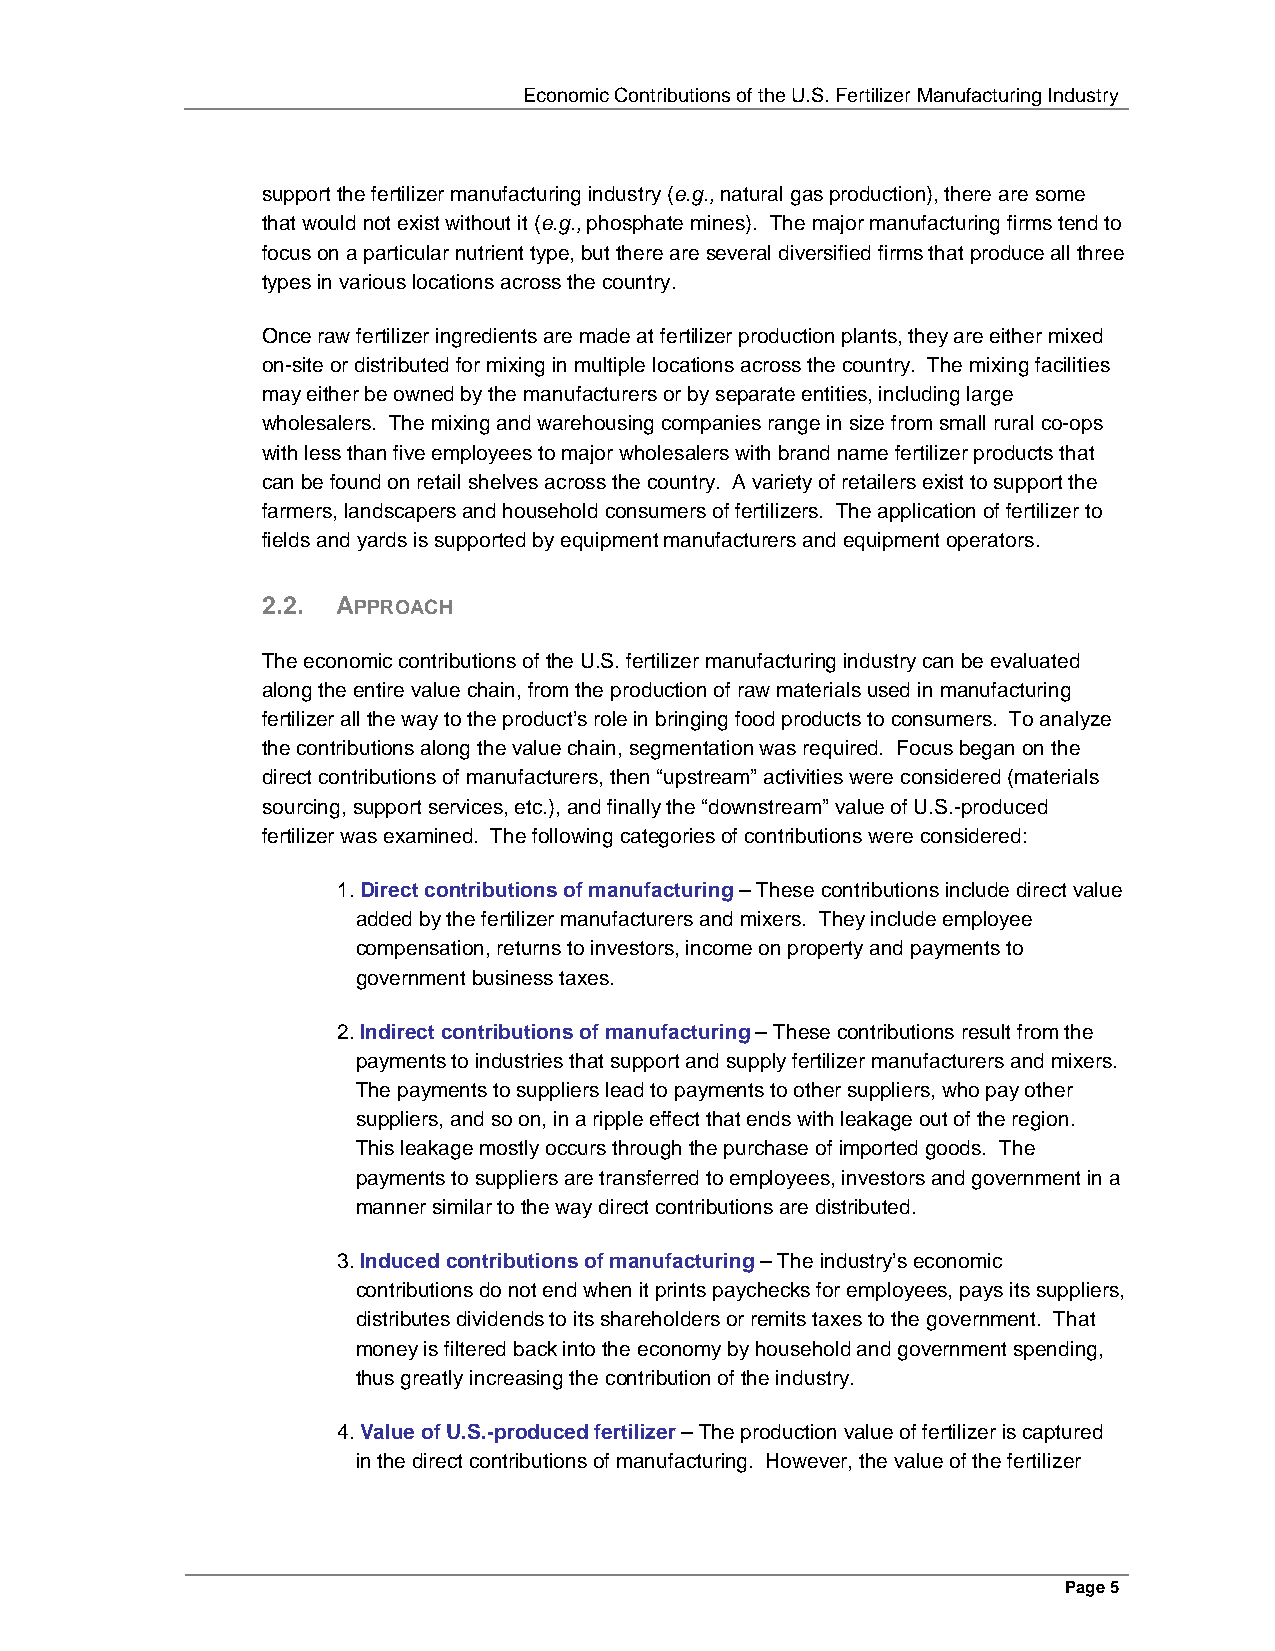
Economic Contributions of the U.S. Fertilizer Manufacturing Industry
 support the fertilizer manufacturing industry (e.g., natural gas production), there are some
 that would not exist without it (e.g., phosphate mines). The major manufacturing firms tend to
 focus on a particular nutrient type, but there are several diversified firms that produce all three
 types in various locations across the country.
 Once raw fertilizer ingredients are made at fertilizer production plants, they are either mixed
 on-site or distributed for mixing in multiple locations across the country. The mixing facilities
 may either be owned by the manufacturers or by separate entities, including large
 wholesalers. The mixing and warehousing companies range in size from small rural co-ops
 with less than five employees to major wholesalers with brand name fertilizer products that
 can be found on retail shelves across the country. A variety of retailers exist to support the
 farmers, landscapers and household consumers of fertilizers. The application of fertilizer to
 fields and yards is supported by equipment manufacturers and equipment operators.
 2.2. APPROACH
 The economic contributions of the U.S. fertilizer manufacturing industry can be evaluated
 along the entire value chain, from the production of raw materials used in manufacturing
 fertilizer all the way to the product’s role in bringing food products to consumers. To analyze
 the contributions along the value chain, segmentation was required. Focus began on the
 direct contributions of manufacturers, then “upstream” activities were considered (materials
 sourcing, support services, etc.), and finally the “downstream” value of U.S.-produced
 fertilizer was examined. The following categories of contributions were considered:
 1. Direct contributions of manufacturing – These contributions include direct value
 added by the fertilizer manufacturers and mixers. They include employee
 compensation, returns to investors, income on property and payments to
 government business taxes.
 2. Indirect contributions of manufacturing – These contributions result from the
 payments to industries that support and supply fertilizer manufacturers and mixers.
 The payments to suppliers lead to payments to other suppliers, who pay other
 suppliers, and so on, in a ripple effect that ends with leakage out of the region.
 This leakage mostly occurs through the purchase of imported goods. The
 payments to suppliers are transferred to employees, investors and government in a
 manner similar to the way direct contributions are distributed.
 3. Induced contributions of manufacturing – The industry’s economic
 contributions do not end when it prints paychecks for employees, pays its suppliers,
 distributes dividends to its shareholders or remits taxes to the government. That
 money is filtered back into the economy by household and government spending,
 thus greatly increasing the contribution of the industry.
 4. Value of U.S.-produced fertilizer – The production value of fertilizer is captured
 in the direct contributions of manufacturing. However, the value of the fertilizer
 Page 5